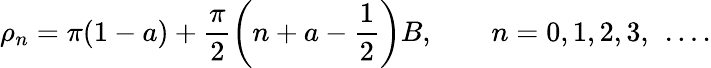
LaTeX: \rho_{n}=\pi(1-a)+\frac{\pi}{2}\left(n+a-\frac{1}{2}\right)B,\qquad n=0,1,2,3,\ \dots.